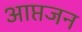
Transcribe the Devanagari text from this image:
आप्तजन